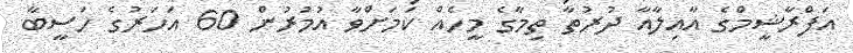
އަފްރާޝީމްގެ އާއިލާއާ ދުރުތާ ތިމާގެ މީހެއް ކަމަށްވާ އުމުރުން 60 އަހަރުގެ ހަސީބާ